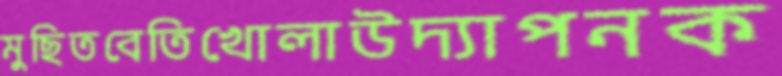
মুছিতবেতিখোলাউদ্যাপনক